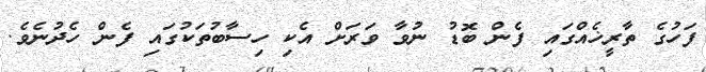
ފަހުގެ ތާރީޚެއްގައި ފެން ބޮޑު ނުވާ ވަރަށް އެކި ހިސާބުތަކުގައި ފެން ހެދުނެވެ.